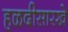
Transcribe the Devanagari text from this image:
हळदीसारखे